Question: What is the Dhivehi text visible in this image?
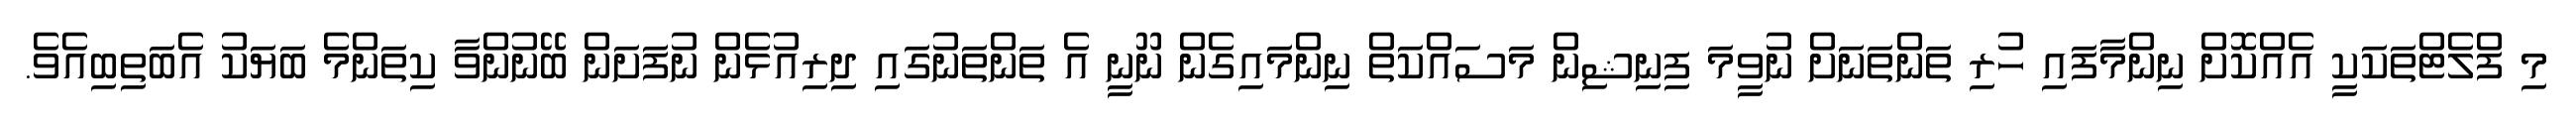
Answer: މި ފްލެޓްތަކަކީ އެއްކޮށް ނިންމާފައި ހުރި ތަންތަނަށް ނުވީމަ ފިނިޝިން މަސައްކަތް ނިންމައިގެން ނޫނީ އެ ތަންތަނުގައި ދިރިއުޅެން ނުފަށަން ބޭނުންވާ ކިތަންމެ ބަޔަކު އެބަތިބިއެވެ.